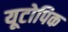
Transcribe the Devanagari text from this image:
यूटोपिक